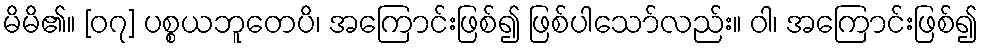
မိမိ၏။ [၀၇] ပစ္စယဘူတေပိ၊ အကြောင်းဖြစ်၍ ဖြစ်ပါသော်လည်း။ ဝါ၊ အကြောင်းဖြစ်၍